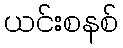
ယင်းစနစ်